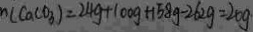
n ( C a C O _ { 3 } ) = 2 4 g + 1 0 0 g + 1 5 8 g - 2 6 2 g = 2 0 g